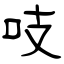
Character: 吱